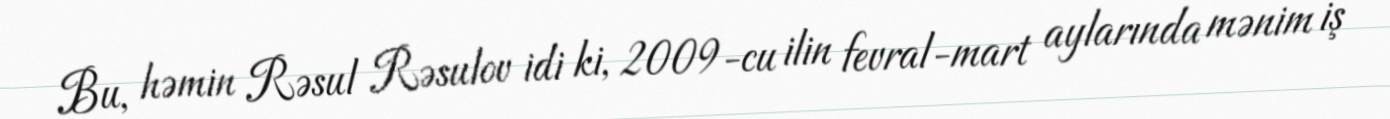
Bu, həmin Rəsul Rəsulov idi ki, 2009-cu ilin fevral-mart aylarında mənim iş